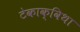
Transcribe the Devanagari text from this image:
टेकाक्विथा